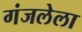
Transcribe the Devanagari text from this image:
गंजलेला